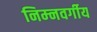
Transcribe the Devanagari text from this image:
निम्‍नवर्गीय